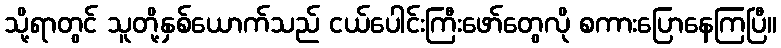
သို့ရာတွင် သူတို့နှစ်ယောက်သည် ငယ်ပေါင်းကြီးဖော်တွေလို စကားပြောနေကြပြီ။